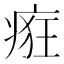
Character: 㾠